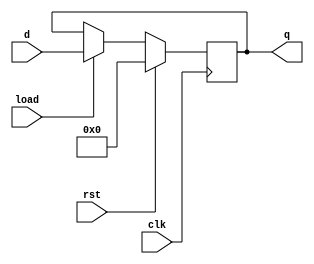
`timescale 1ns / 1ps
//////////////////////////////////////////////////////////////////////////////////
// Company: 
// Engineer: 
// 
// Design Name: 
// Module Name:    register 
// Project Name: 
// Target Devices: 
// Tool versions: 
// Description: 
//
// Dependencies: 
//
// Revision: 
// Revision 0.01 - File Created
// Additional Comments: 
//
//////////////////////////////////////////////////////////////////////////////////
module register(
    input clk,
    input rst,
    input load,
    input [5:0] d,
    output reg [5:0] q
    );
	 	
	always @(posedge clk) begin
		if (rst)
		begin
			q <= 0;
		end
		else 
		begin
			if(load) q <= d;
			else q <= q ;
		end
	end
endmodule